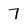
Character: 7